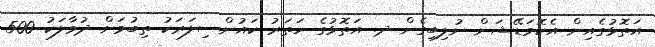
އަތޮޅުގެއިން އެކޮމަޑޭޝަން ނުލިބިގެން ދ. އަތޮޅުގެ ހަތަރު ކައުންސިލަރަކު ތިބުމަށް ދުވާލަކު 500